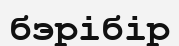
бэрібір